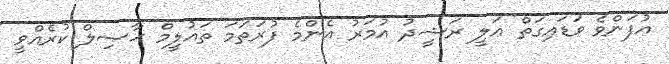
އުފަންވެ ވަޑައިގަތް ޢަލީ ރަޝީދު އުމަރު އެންމެ ފުރަތަމަ ތައުލީމް ޙާޞިލް ކުރެއްވީ